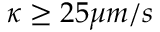
\kappa \geq 2 5 \mu m / s